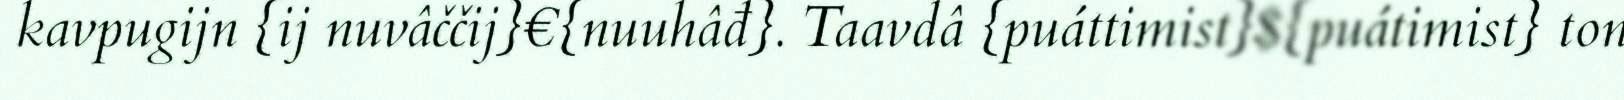
kavpugijn {ij nuvâččij}€{nuuhâđ}. Taavdâ {puáttimist}${puátimist} ton